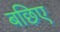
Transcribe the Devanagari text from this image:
बछिए